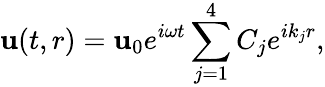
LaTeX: {\mathbf u}(t,r)={\mathbf u}_{0}e^{i\omega t}\sum_{j=1}^{4}C_{j}e^{ik_{j}r},